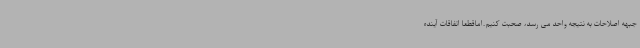
جبهه اصلاحات به نتیجه واحد می رسد، صحبت کنیم.اماقطعا اتفاقات آینده